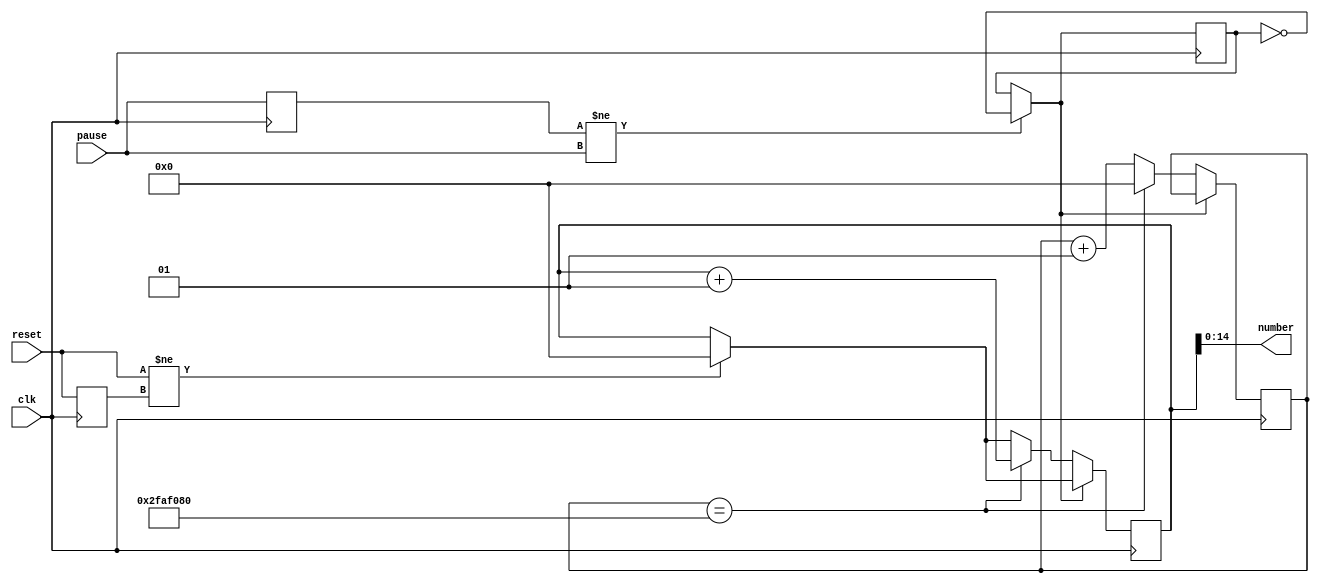
module counter(
	input clk,
	input pause,
	input reset,
	output [0:14] number);
	
	integer clk_count = 0;
	integer count = 0;
	
	assign number = count;
	
	reg oldPause = 0,oldReset = 0;
	
	reg paused = 0;
	
	always@(posedge clk) begin
		oldPause <= pause;
		oldReset <= reset;
	
	
		if(reset != oldReset) begin
			count <= 0;
		end
		
		if(oldPause != pause) begin
			paused = ~paused;
		end
		
		if(!paused) begin
			clk_count <= clk_count + 1;
			
			if(clk_count == 50000000) begin
				count <= count + 1;
				clk_count <= 0;
			end
		end
	end

	
endmodule